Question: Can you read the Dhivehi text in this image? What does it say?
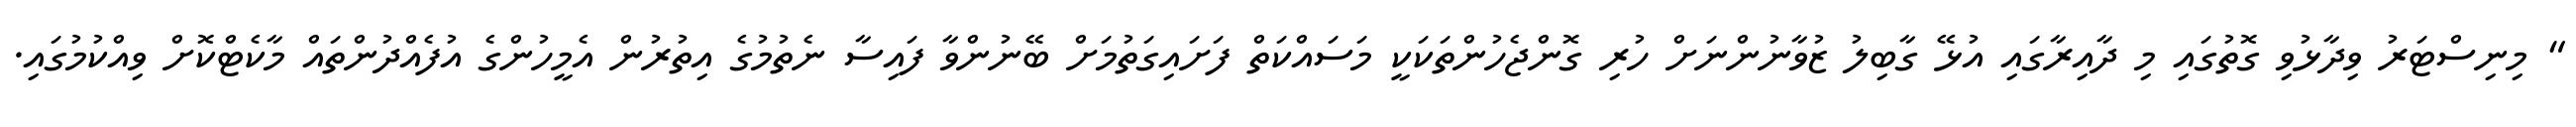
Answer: " މިނިސްޓަރު ވިދާޅުވި ގޮތުގައި މި ދާއިރާގައި އުޅޭ ގާބިލު ޒުވާނުންނަށް ހުރި ގޮންޖެހުންތަކަކީ މަސައްކަތް ފަށައިގަތުމަށް ބޭނުންވާ ފައިސާ ނެތުމުގެ އިތުރުން އެމީހުންގެ އުފެއްދުންތައް މާކެޓްކޮށް ވިއްކުމުގައި.